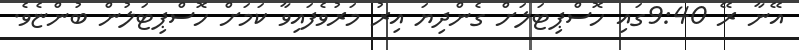
އޭނާ ރޭ 9:40ގައި ހޮސްޕިޓަލަށް ގެންދިޔަ އިރު މަރުވެފައިވާ ކަމަށް ހޮސްޕިޓަލުން ބުންޏެވެ.